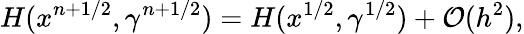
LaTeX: H(x^{n+1/2},\gamma^{n+1/2})=H(x^{1/2},\gamma^{1/2})+{\cal{O}}(h^{2}),